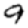
Digit: 9